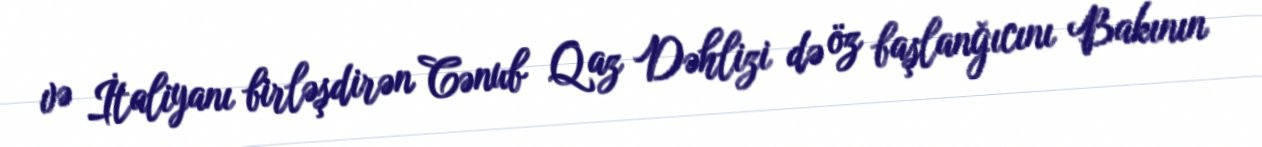
və İtaliyanı birləşdirən Cənub Qaz Dəhlizi də öz başlanğıcını Bakının